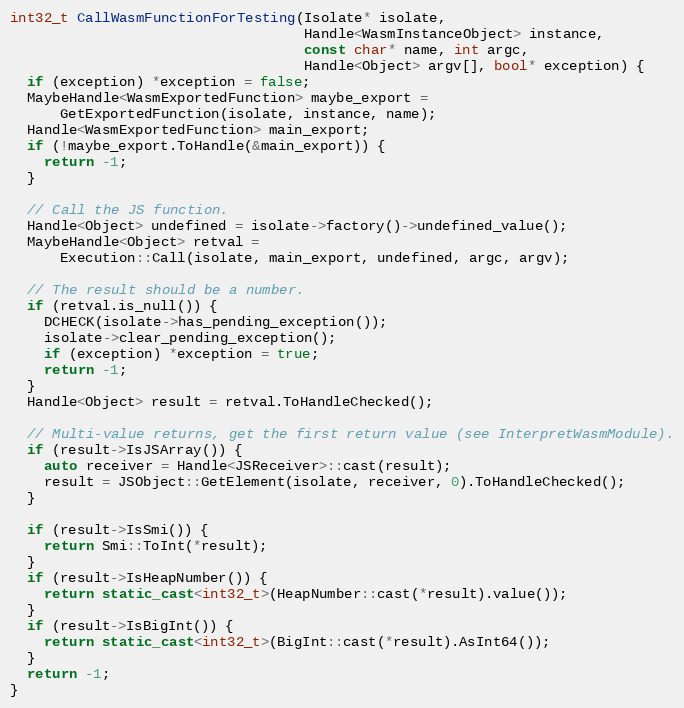
Language: C++
int32_t CallWasmFunctionForTesting(Isolate* isolate,
                                   Handle<WasmInstanceObject> instance,
                                   const char* name, int argc,
                                   Handle<Object> argv[], bool* exception) {
  if (exception) *exception = false;
  MaybeHandle<WasmExportedFunction> maybe_export =
      GetExportedFunction(isolate, instance, name);
  Handle<WasmExportedFunction> main_export;
  if (!maybe_export.ToHandle(&main_export)) {
    return -1;
  }

  // Call the JS function.
  Handle<Object> undefined = isolate->factory()->undefined_value();
  MaybeHandle<Object> retval =
      Execution::Call(isolate, main_export, undefined, argc, argv);

  // The result should be a number.
  if (retval.is_null()) {
    DCHECK(isolate->has_pending_exception());
    isolate->clear_pending_exception();
    if (exception) *exception = true;
    return -1;
  }
  Handle<Object> result = retval.ToHandleChecked();

  // Multi-value returns, get the first return value (see InterpretWasmModule).
  if (result->IsJSArray()) {
    auto receiver = Handle<JSReceiver>::cast(result);
    result = JSObject::GetElement(isolate, receiver, 0).ToHandleChecked();
  }

  if (result->IsSmi()) {
    return Smi::ToInt(*result);
  }
  if (result->IsHeapNumber()) {
    return static_cast<int32_t>(HeapNumber::cast(*result).value());
  }
  if (result->IsBigInt()) {
    return static_cast<int32_t>(BigInt::cast(*result).AsInt64());
  }
  return -1;
}